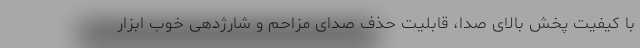
با کیفیت پخش بالای صدا، قابلیت حذف صدای مزاحم و شارژدهی خوب ابزار